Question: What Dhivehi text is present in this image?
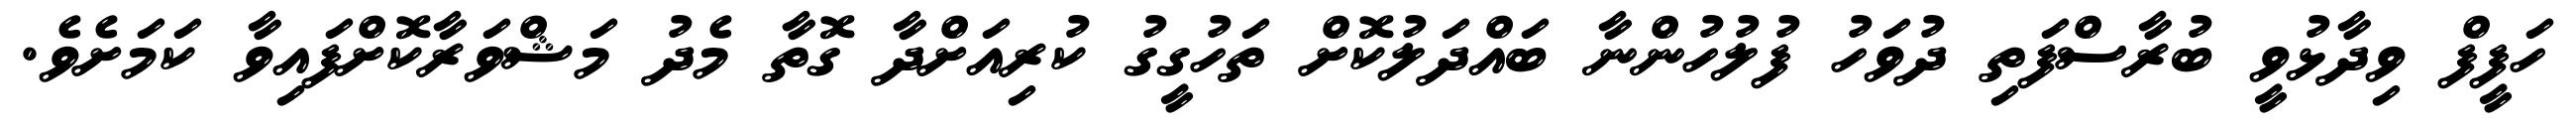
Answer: ހަފީފް ވިދާޅުވީ ބުރާސްފަތި ދުވަހު ފުލުހުންނާ ބައްދަލުކޮށް ތަހުގީގު ކުރިއަށްދާ ގޮތާ މެދު މަޝްވަރާކޮށްފައިވާ ކަމަށެވެ.